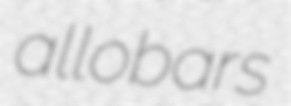
allobars